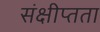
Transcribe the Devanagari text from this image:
संक्षीप्तता